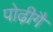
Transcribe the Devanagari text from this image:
पोढ़ीगै